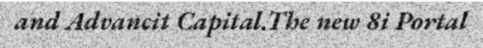
and Advancit Capital.The new 8i Portal